Indian journal of veterinary science and animal husbandry - Volume 3,
Year: 1933
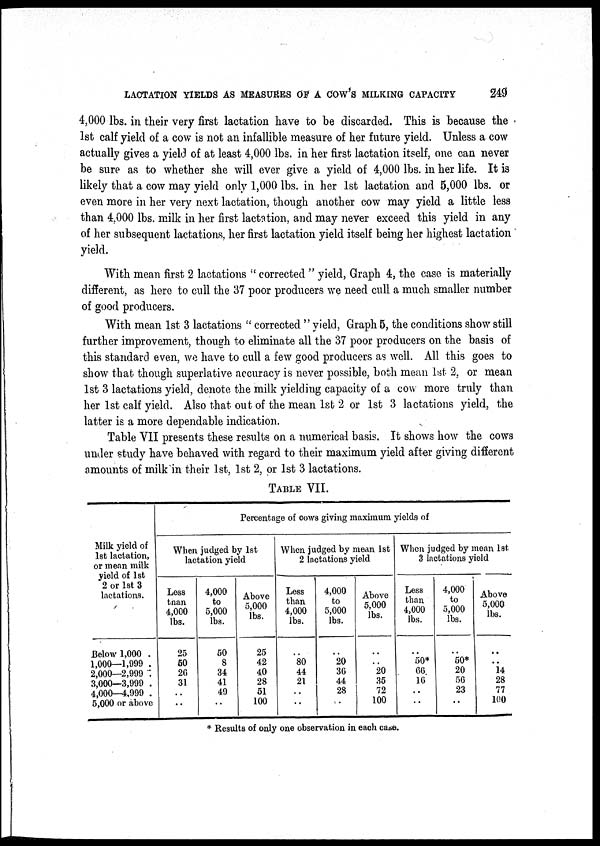
LACTATION YIELDS AS MEASURES OF A COW'S MILKING CAPACITY
249
4,000 lbs. in their very first lactation have to be discarded. This is because the
1st calf yield of a cow is not an infallible measure of her future yield. Unless a cow
actually gives a yield of at least 4,000 lbs. in her first lactation itself, one can never
be sure as to whether she will ever give a yield of 4,000 lbs. in her life. It is
likely that a cow may yield only 1,000 lbs. in her 1st lactation and 5,000 lbs. or
even more in her very next lactation, though another cow may yield a little less
than 4,000 lbs. milk in her first lactation, and may never exceed this yield in any
of her subsequent lactations, her first lactation yield itself being her highest lactation
yield.
With mean first 2 lactations " corrected " yield, Graph 4, the case is materially
different, as here to cull the 37 poor producers we need cull a much smaller number
of good producers.
With mean 1st 3 lactations " corrected "yield, Graph 5, the conditions show still
further improvement, though to eliminate all the 37 poor producers on the basis of
this standard even, we have to cull a few good producers as well. All this goes to
show that though superlative accuracy is never possible, both mean 1st 2, or mean
1st 3 lactations yield, denote the milk yielding capacity of a cow more truly than
her 1st calf yield. Also that out of the mean 1st 2 or 1st 3 lactations yield, the
latter is a more dependable indication.
Table VII presents these results on a numerical basis. It shows how the cows
under study have behaved with regard to their maximum yield after giving different
amounts of milk in their 1st, 1st 2, or 1st 3 lactations.
TABLE VII.
Milk yield of
1st lactation,
or mean milk
yield of 1st
2 or 1st 3
lactations.
Below 1,000 .
1,000—1,999 .
2,000—2,999 .
3,000—3,999 .
4,000—4,999 .
5,000 or above
Percentage of cows giving maximum yields of
When judged by 1st
lactation yield
Less
than
4,000
lbs.
25
50
26
31
..
..
4,000
to
5,000
lbs.
50
8
34
41
49
..
Above
5,000
lbs.
25
42
40
28
51
100
When judged by mean 1st
2 lactations yield
Less
than
4,000
lbs.
..
80
44
21
..
..
4,000
to
5,000
lbs.
..
20
36
44
28
..
Above
5,000
lbs.
..
..
20
35
72
100
When judged by mean 1st
3 lactations yield
Less
than
4,000
lbs.
..
50*
66.
16
..
..
4,000
to
5,000
lbs.
..
50*
20
56
23
..
Above
5,000
lbs.
..
..
14
28
77
100
* Results of only one observation in each case.